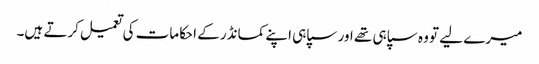
میرے لیے تو وہ سپاہی تھے اور سپاہی اپنے کمانڈر کے احکامات کی تعمیل کرتے ہیں۔